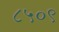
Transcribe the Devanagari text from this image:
८५०९